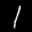
Label: 1